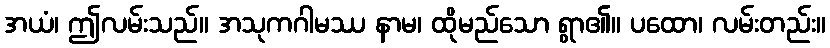
အယံ၊ ဤလမ်းသည်။ အသုကဂါမဿ နာမ၊ ထိုမည်သော ရွာ၏။ ပထော၊ လမ်းတည်း။